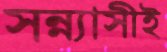
সন্ন্যাসীই